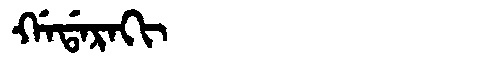
Manchu: ᡤᠠᡩᠠᡵᠠᡴᡳ
Romanization: GADARAKI